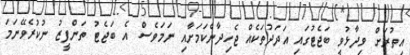
އިތުރަށް ވިދާޅުވީ ބަޖެޓުގައި އަދަދުތަކެއް ޖެހިދާނެކަމަށާއި ނަމަވެސް އެ ބަޖެޓު ތަންފީޒު ނުކުރެވޭނަމަ